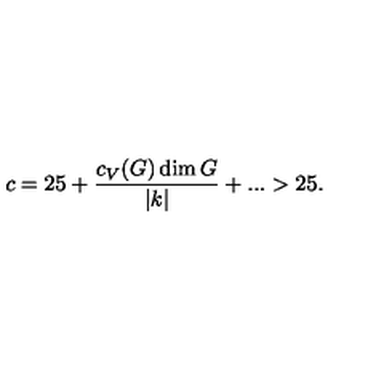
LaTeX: c = 2 5 + { \frac { c _ { V } ( G ) \dim G } { | k | } } + . . . > 2 5 .